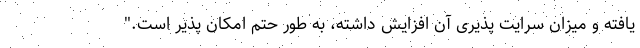
یافته و میزان سرایت پذیری آن افزایش داشته، به طور حتم امکان پذیر است."